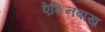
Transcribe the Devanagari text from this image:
ऐशिनबाख़